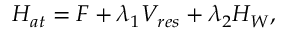
H _ { a t } = F + \lambda _ { 1 } V _ { r e s } + \lambda _ { 2 } H _ { W } ,